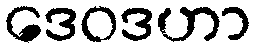
ဒေဝဒဟာ